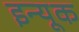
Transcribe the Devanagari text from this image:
इन्यूक